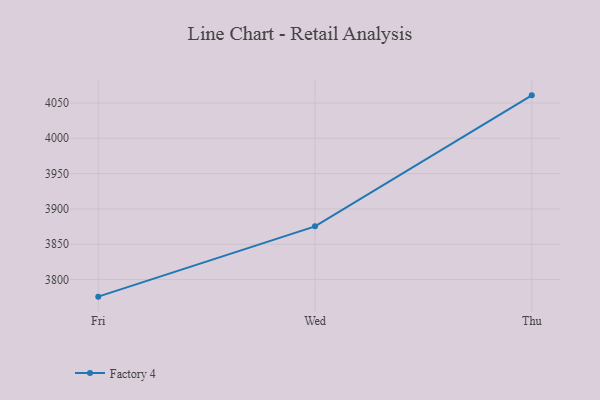
{"axis": {"x": "Day", "y": "Inventory Turnover"}, "legend": ["Factory 4"], "data": [{"x": "Fri", "y": 3775.8, "type": "Factory 4"}, {"x": "Wed", "y": 3875.3, "type": "Factory 4"}, {"x": "Thu", "y": 4060.8, "type": "Factory 4"}]}